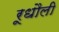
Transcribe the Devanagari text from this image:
रूधौली